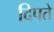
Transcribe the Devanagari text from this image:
दिपते